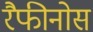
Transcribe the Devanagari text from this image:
रैफीनोस